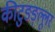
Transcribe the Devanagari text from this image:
कीटुङङ्ल्लूर